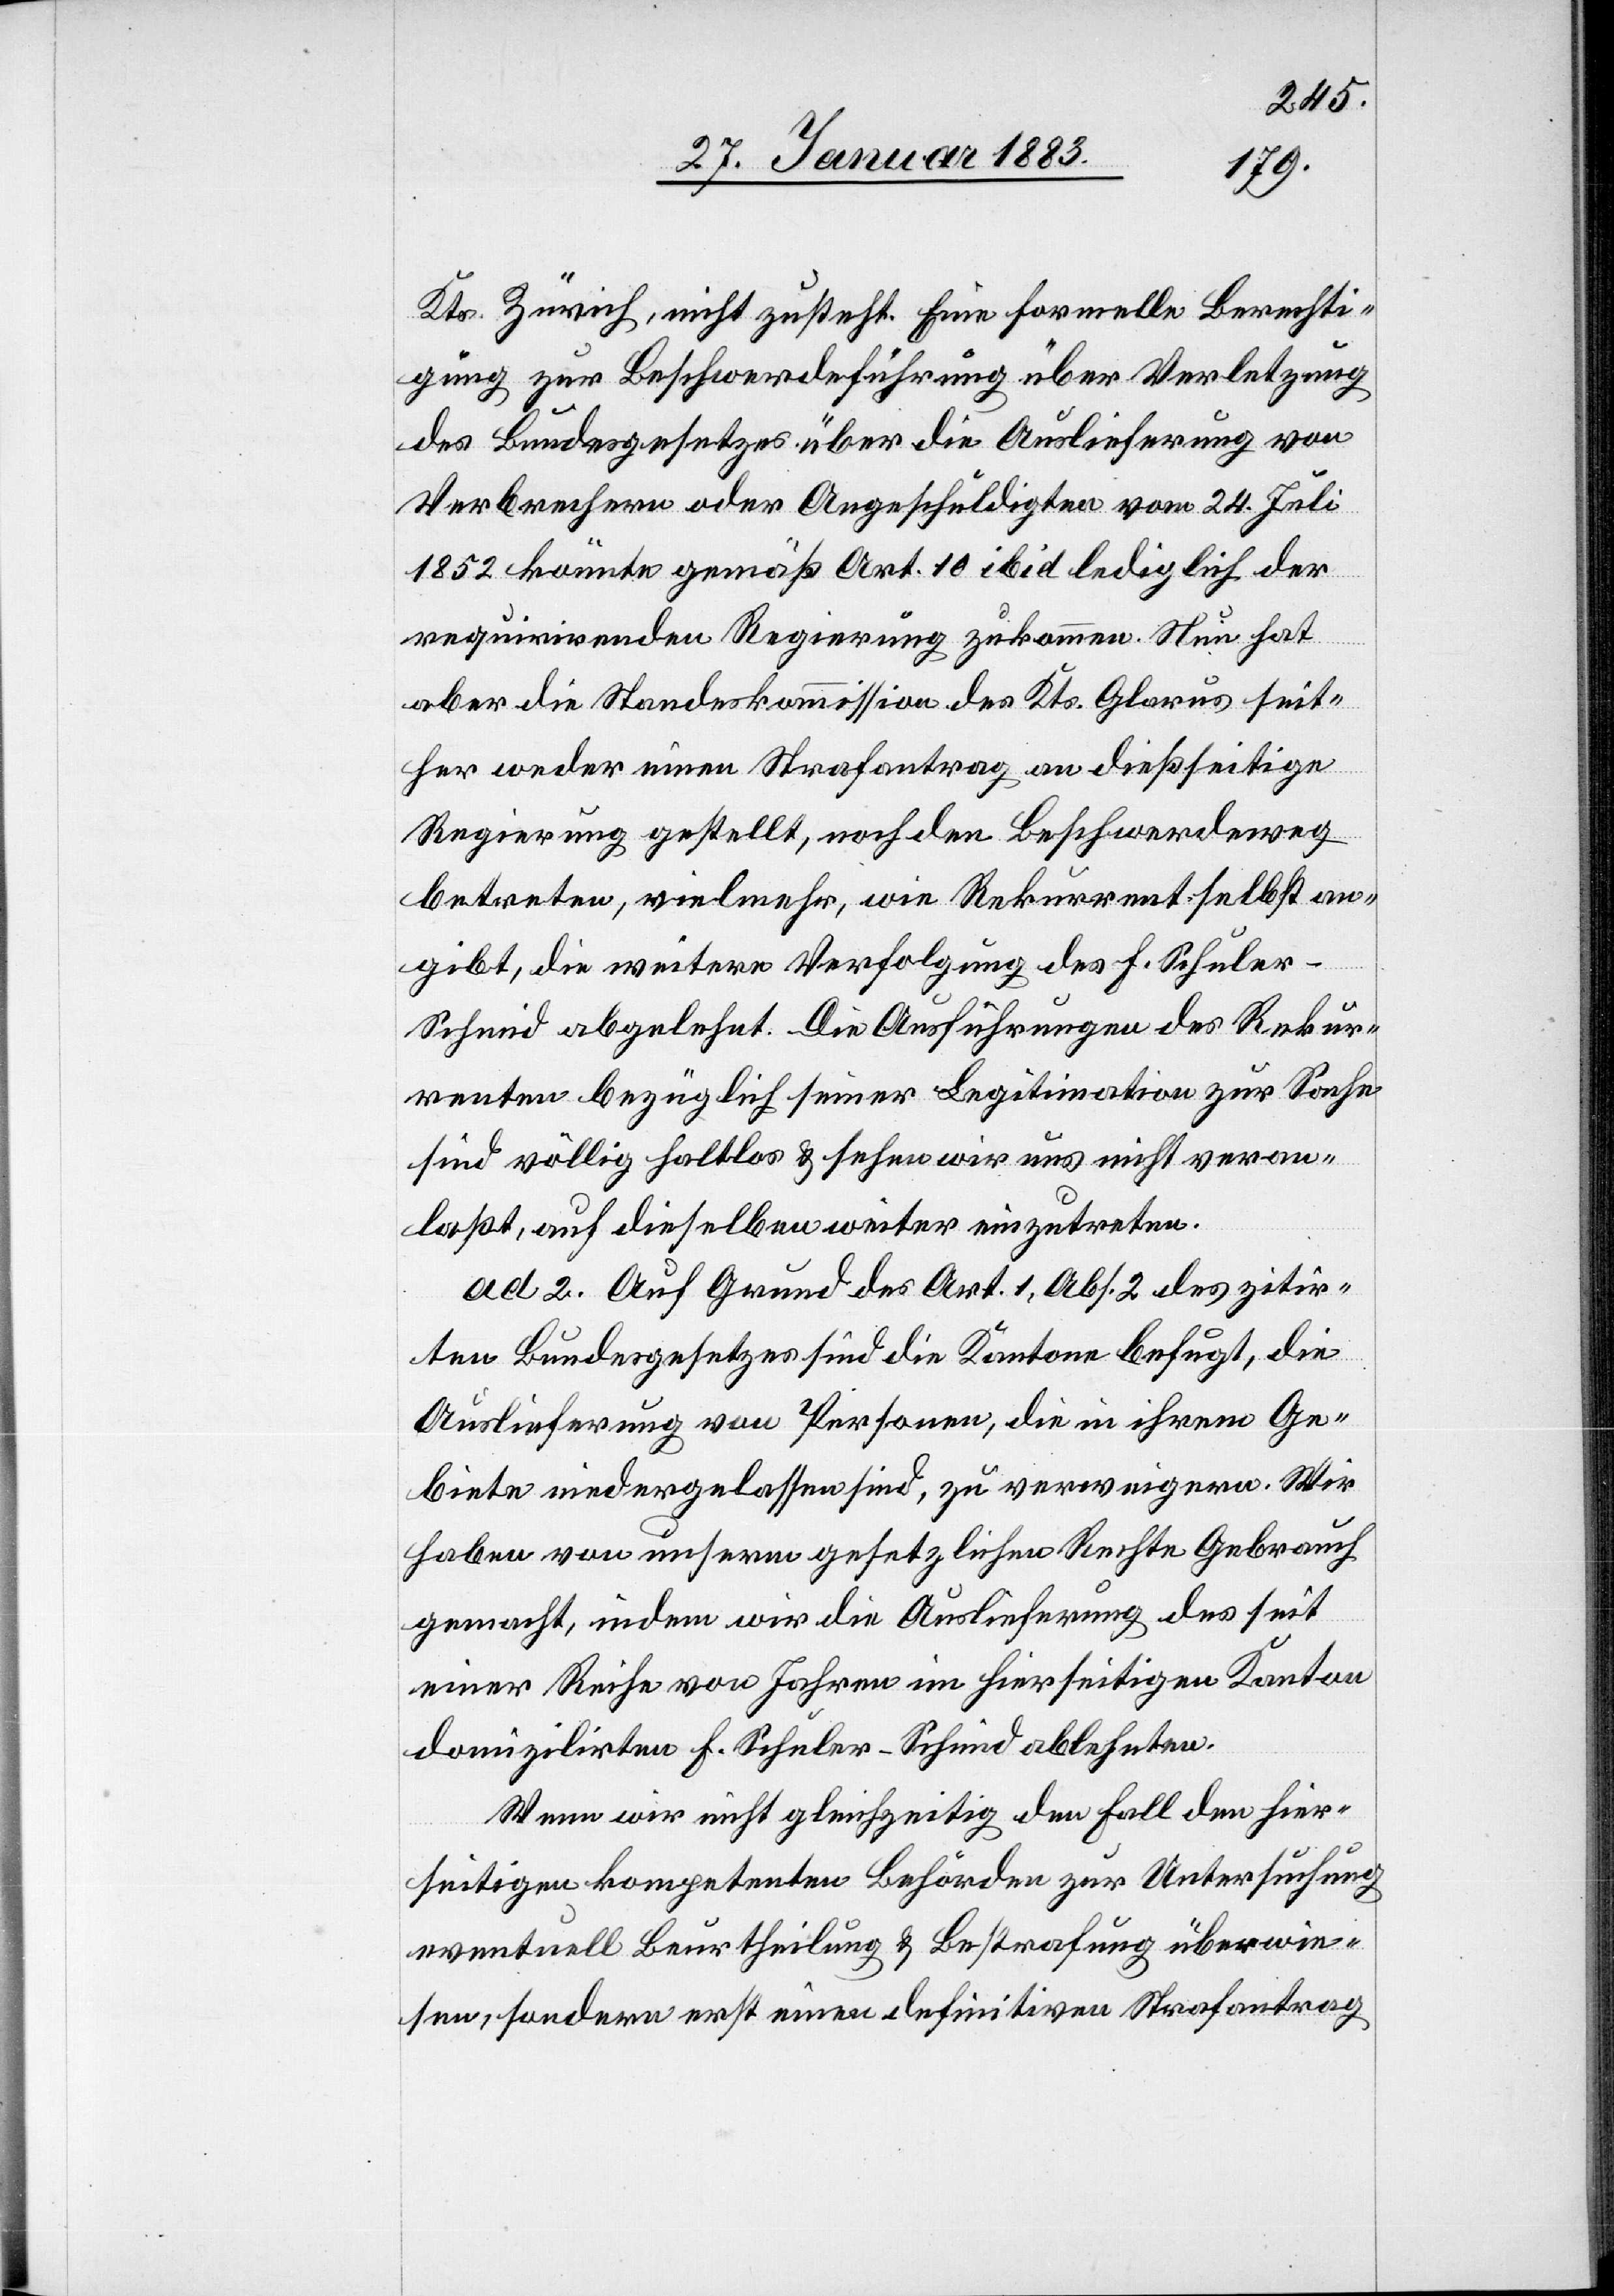
Kts. Zürich, nicht zusteht. Eine formelle Berechti¬
gung zur Beschwerdeführung über Verletzung
des Bundesgesetzes über die Auslieferung von
Verbrechern oder Angeschuldigten vom 24. Juli
1852 könnte gemäß Art. 10 ibid lediglich der
requirirenden Regierung zukommen. Nun hat
aber die Standeskommission des Kts. Glarus seit¬
her weder einen Strafantrag an dießseitige
Regierung gestellt, noch den Beschwerdeweg
betreten, vielmehr, wie Rekurrent selbst an¬
gibt, die weitere Verfolgung des F. Schule¬
r-Schmid abgelehnt. Die Ausführungen des Rekur¬
renten bezüglich seiner Legitimation zur Sache
sind völlig haltlos & sehen wir uns nicht veran¬
laßt, auf dieselben weiter einzutreten.
ad 2. Auf Grund des Art. 1, Abs. 2 des zitir¬
ten Bundesgesetzes sind die Kantone befugt, die
Auslieferung von Personen, die in ihrem Ge¬
biete niedergelassen sind, zu verweigern. Wir
haben von unserm gesetzlichen Rechte Gebrauch
gemacht, indem wir die Auslieferung des seit
einer Reihe von Jahren im hierseitigen Kanton
domizilirten F. Schuler-Schmid ablehnten.
Wenn wir nicht gleichzeitig den Fall den hier¬
seitigen kompetenten Behörden zur Untersuchung
eventuell Beurtheilung & Bestrafung überwie¬
sen, sondern erst einen definitiven Strafantrag